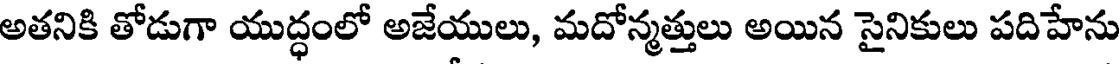
అతనికి తోడుగా యుద్ధంలో అజేయులు, మదోన్మత్తులు అయిన సైనికులు పదిహేను